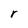
Character: r